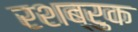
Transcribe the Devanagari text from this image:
रशब्रुक